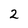
Character: 2